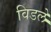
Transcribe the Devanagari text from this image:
विडले